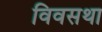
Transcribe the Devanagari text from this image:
विवसथा